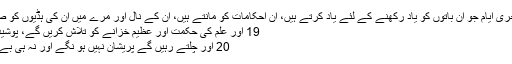
18 اور تمام آخری ایام جو ان باتوں کو یاد رکھنے کے لئے یاد کرتے ہیں، ان احکامات کو مانتے ہیں، ان کے نال اور مرے میں ان کی ہڈیوں کو صحت ملے گی.
19 اور علم کی حکمت اور عظیم خزانے کو تلاش کریں گے، پوشیدہ خزانے بھی.
20 اور چلتے رہیں گے پریشان نہیں ہو نگے اور نہ ہی بے ہوش ہونگے ۔